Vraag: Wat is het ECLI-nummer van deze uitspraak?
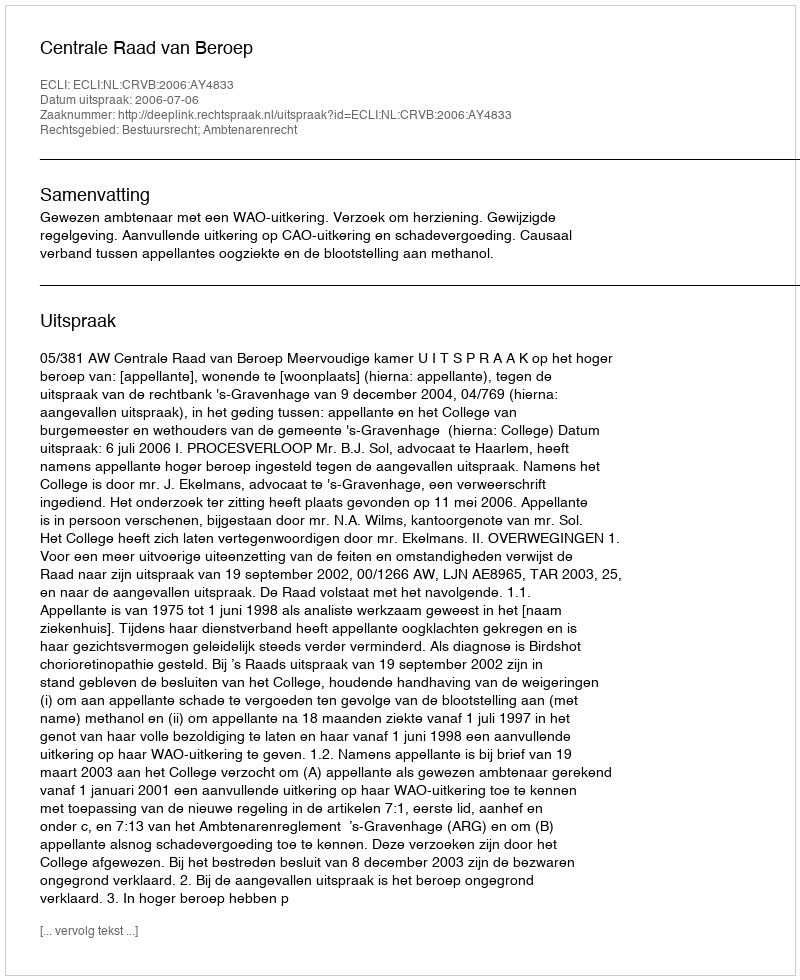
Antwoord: ECLI:NL:CRVB:2006:AY4833